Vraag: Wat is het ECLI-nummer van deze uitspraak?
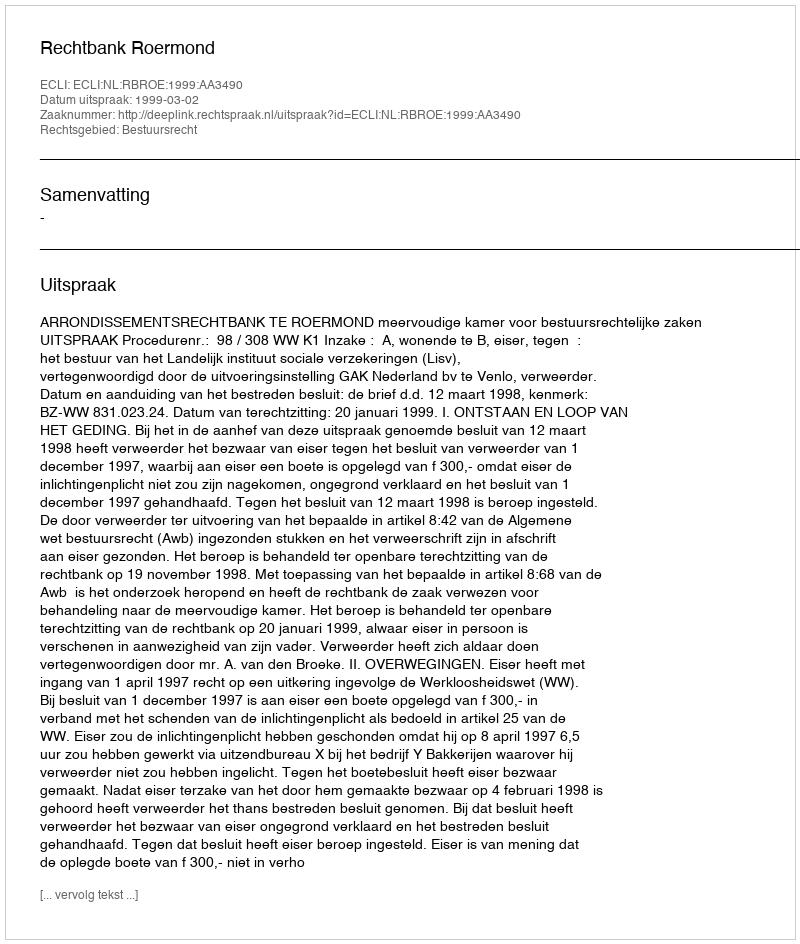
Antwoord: ECLI:NL:RBROE:1999:AA3490